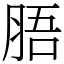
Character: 䏸